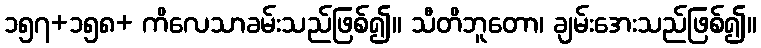
၁၅၇+၁၅၈+ ကိလေသာခမ်းသည်ဖြစ်၍။ သီတိဘူတော၊ ချမ်းအေးသည်ဖြစ်၍။